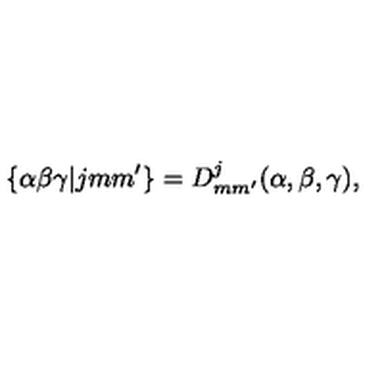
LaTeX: \{ \alpha \beta \gamma | j m m ^ { \prime } \} = D _ { m m ^ { \prime } } ^ { j } ( \alpha , \beta , \gamma ) ,